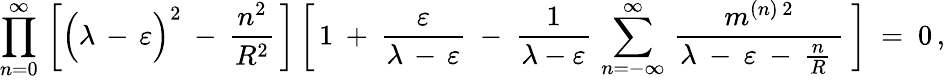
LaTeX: \prod_{n=0}^{\infty}\, \bigg[\Big(\lambda\, -\, \varepsilon\Big)^{2}\: -\: \frac{n^{2}}{R^{2}}\, \bigg]\, \bigg[\, 1\: +\: \frac{\varepsilon}{\lambda\, -\, \varepsilon}\ -\ \frac{1}{\lambda-\varepsilon}\, \sum_{n=-\infty}^{\infty}\, \frac{m^{(n)\, 2}}{\lambda\: -\: \varepsilon\: -\: \frac{n}{R}\: }\ \bigg]\ =\ 0\, ,